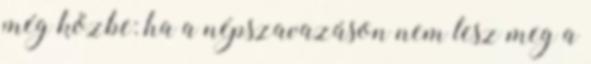
még közbe: ha a népszavazáson nem lesz meg a